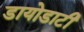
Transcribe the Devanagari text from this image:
डायोडाटी